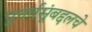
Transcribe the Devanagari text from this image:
पुनर्वसूंबद्दलचे